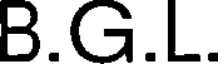
B.G.L.